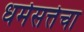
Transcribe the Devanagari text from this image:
धर्मसत्तेचा